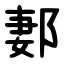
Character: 郪